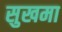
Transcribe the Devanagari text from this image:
सुखमा